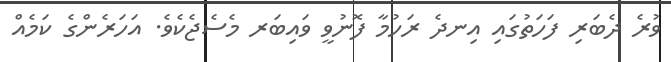
ވުރެ ދެބަރި ފަހަތުގައި އިނދެ ރަހުމާ ފޮނުވީ ވައިބަރ މެސެޖެކެވެ. އަހަރެންގެ ކަމެއް